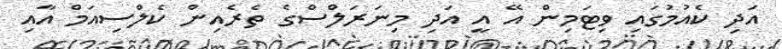
އަދި ކެއުމުގައި ވިޓަމިން އޭ އީ އަދި މިނަރަލްސްގެ ތެރެއިން ކެލްސިއަމް އާއި